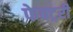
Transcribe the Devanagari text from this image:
फेक्ट्ररी